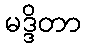
မဒ္ဒိတာ